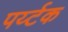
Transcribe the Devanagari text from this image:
पर्य्टक